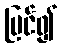
ပြင်၍